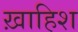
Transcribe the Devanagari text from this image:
ख़ाहिश